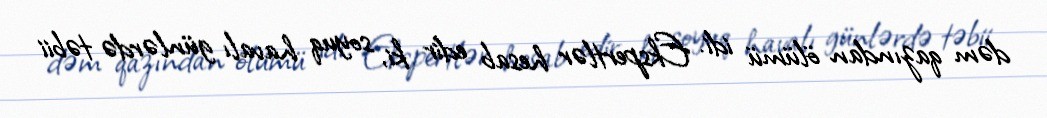
dəm qazından ölümü idi. Ekspertlər hesab edir ki, soyuq havalı günlərdə təbii